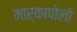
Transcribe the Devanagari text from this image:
मार्कापोलो